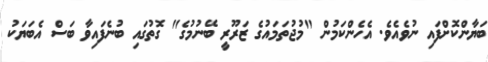
ބަޔާންކޮށްފައި ނުވެއެވެ. އެހެންކަމުން "މުޖުތަމައުގެ ޒަރޫރީ ބޭނުމުގެ" ގޮތުގައި ބުނެފައިވާ ބަސް އެބަޔަކު